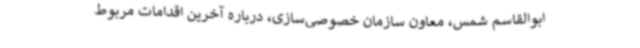
ابوالقاسم شمس، معاون سازمان خصوصی‌سازی، درباره آخرین اقدامات مربوط